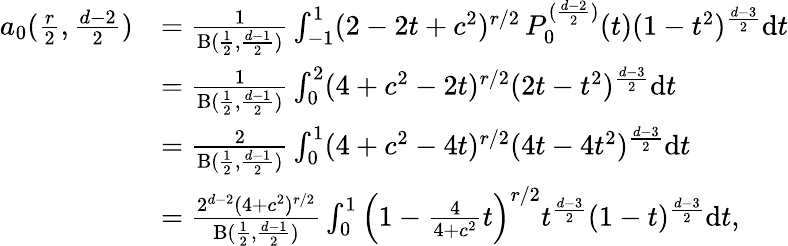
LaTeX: \begin{array}{rl}{a_{0}(\frac{r}2,\frac{d-2}{2})}&{=\frac{1}{\mathrm{B}(\frac 12,\frac{d-1}2)}\int_{-1}^{1}(2-2t+c^{2})^{r/2}\, P_{0}^{(\frac{d-2}{2})}(t)(1-t^{2})^{\frac{d-3}{2}}\mathrm{d}t}\\ &{=\frac{1}{\mathrm{B}(\frac 12,\frac{d-1}2)}\int_{0}^{2}(4+c^{2}-2t)^{r/2}(2t-t^{2})^{\frac{d-3}{2}}\mathrm{d}t}\\ &{=\frac{2}{\mathrm{B}(\frac 12,\frac{d-1}2)}\int_{0}^{1}(4+c^{2}-4t)^{r/2}(4t-4t^{2})^{\frac{d-3}{2}}\mathrm{d}t}\\ &{=\frac{2^{d-2}(4+c^{2})^{r/2}}{\mathrm{B}(\frac 12,\frac{d-1}2)}\int_{0}^{1}\Big(1-\frac{4}{4+c^{2}}t\Big)^{r/2}t^{\frac{d-3}{2}}(1-t)^{\frac{d-3}{2}}\mathrm{d}t,}\end{array}